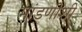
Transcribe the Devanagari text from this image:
मांडणीशी